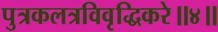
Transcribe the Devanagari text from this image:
पुत्रकलत्रविवृद्धिकरे॥४॥